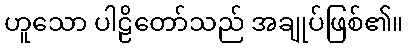
ဟူသော ပါဠိတော်သည် အချုပ်ဖြစ်၏။